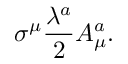
\sigma ^ { \mu } \frac { \lambda ^ { a } } { 2 } A _ { \mu } ^ { a } .